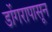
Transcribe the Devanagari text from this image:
डोंगरापासून